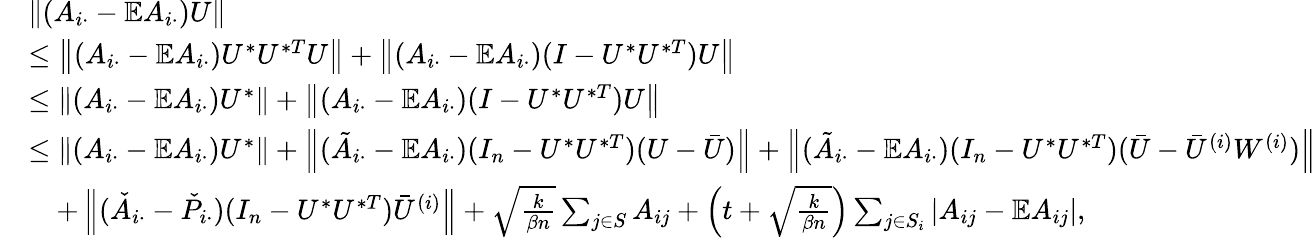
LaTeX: \begin{array}{rl}&{\left\| {(A_{i\cdot}-\mathbb{E}A_{i\cdot})U}\right\| }\\ &{\leq\left\| {(A_{i\cdot}-\mathbb{E}A_{i\cdot})U^{*}U^{*T}U}\right\| +\left\| {(A_{i\cdot}-\mathbb{E}A_{i\cdot})(I-U^{*}U^{*T})U}\right\| }\\ &{\leq\left\| {(A_{i\cdot}-\mathbb{E}A_{i\cdot})U^{*}}\right\| +\left\| {(A_{i\cdot}-\mathbb{E}A_{i\cdot})(I-U^{*}U^{*T})U}\right\| }\\ &{\leq\left\| {(A_{i\cdot}-\mathbb{E}A_{i\cdot})U^{*}}\right\| +\left\| {(\tilde{A}_{i\cdot}-\mathbb{E}A_{i\cdot})(I_{n}-U^{*}U^{*T})(U-\bar{U})}\right\| +\left\| {(\tilde{A}_{i\cdot}-\mathbb{E}A_{i\cdot})(I_{n}-U^{*}U^{*T})(\bar{U}-\bar{U}^{(i)}W^{(i)})}\right\| }\\ &{\quad+\left\| {(\check{A}_{i\cdot}-\check{P}_{i\cdot})(I_{n}-U^{*}U^{*T})\bar{U}^{(i)}}\right\| +\sqrt{\frac{k}{\beta n}}\sum_{j\in S}A_{ij}+\left(t+\sqrt{\frac{k}{\beta n}}\right)\sum_{j\in S_{i}}\left|A_{ij}-\mathbb{E}A_{ij}\right|,}\end{array}